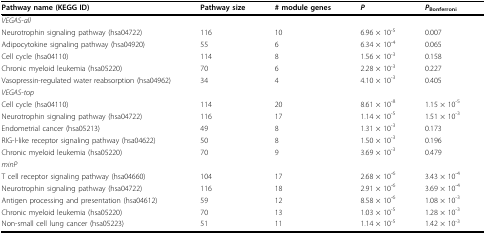
| Pathway name (KEGG ID) | Pathway size | # module genes | P | PBonferroni |
 | --- | --- | --- | --- | --- |
 | <COLSPAN=5> VEGAS-all |
 | Neurotrophin signaling pathway (hsa04722) | 116 | 10 | 6.96 × 10-5 | 0.007 |
 | Adipocytokine signaling pathway (hsa04920) | 55 | 6 | 6.34 × 10-4 | 0.065 |
 | Cell cycle (hsa04110) | 114 | 8 | 1.56 × 10-3 | 0.158 |
 | Chronic myeloid leukemia (hsa05220) | 70 | 6 | 2.28 × 10-3 | 0.227 |
 | Vasopressin-regulated water reabsorption (hsa04962) | 34 | 4 | 4.10 × 10-3 | 0.405 |
 | <COLSPAN=5> VEGAS-top |
 | Cell cycle (hsa04110) | 114 | 20 | 8.61 × 10-8 | 1.15 × 10-5 |
 | Neurotrophin signaling pathway (hsa04722) | 116 | 17 | 1.14 × 10-5 | 1.51 × 10-3 |
 | Endometrial cancer (hsa05213) | 49 | 8 | 1.31 × 10-3 | 0.173 |
 | RIG-I-like receptor signaling pathway (hsa04622) | 50 | 8 | 1.50 × 10-3 | 0.196 |
 | Chronic myeloid leukemia (hsa05220) | 70 | 9 | 3.69 × 10-3 | 0.479 |
 | <COLSPAN=5> minP |
 | T cell receptor signaling pathway (hsa04660) | 104 | 17 | 2.68 × 10-6 | 3.43 × 10-4 |
 | Neurotrophin signaling pathway (hsa04722) | 116 | 18 | 2.91 × 10-6 | 3.69 × 10-4 |
 | Antigen processing and presentation (hsa04612) | 59 | 12 | 8.58 × 10-6 | 1.08 × 10-3 |
 | Chronic myeloid leukemia (hsa05220) | 70 | 13 | 1.03 × 10-5 | 1.28 × 10-3 |
 | Non-small cell lung cancer (hsa05223) | 51 | 11 | 1.14 × 10-5 | 1.42 × 10-3 |